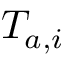
T _ { a , i }